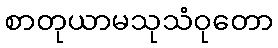
စာတုယာမသုသံဝုတော